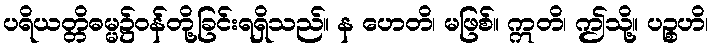
ပရိယတ္တိဓမ္မ၌ဝန်တို့ခြင်းရရှိသည်။ န ဟေတိ၊ မဖြစ်။ ဣတိ၊ ဤသို့။ ပဉ္စဟိ၊